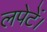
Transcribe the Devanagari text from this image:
लपेटें।